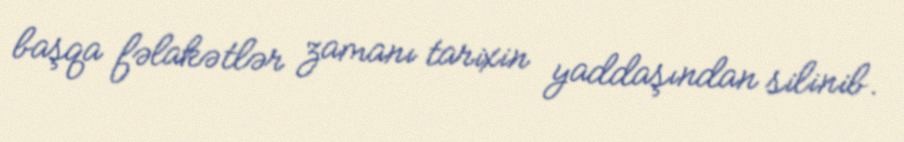
başqa fəlakətlər zamanı tarixin yaddaşından silinib.